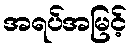
အရပ်အမြင့်